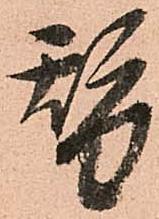
替